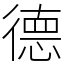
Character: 德